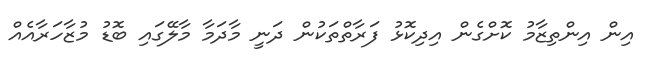
އިން އިންތިޒާމު ކޮށްގެން އިދިކޮޅު ފަރާތްތަކުން ދަނީ މާދަމާ މާލޭގައި ބޮޑު މުޒާހަރާއެއް